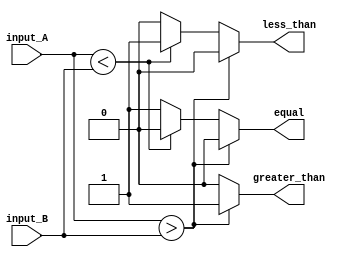
module unsigned_comparator (
    input [7:0] input_A,
    input [7:0] input_B,
    output reg greater_than,
    output reg less_than,
    output reg equal
);

always @(*) begin
    greater_than = 0;
    less_than = 0;
    equal = 0;
    
    if (input_A > input_B) begin
        greater_than = 1;
    end else if (input_A < input_B) begin
        less_than = 1;
    end else begin
        equal = 1;
    end
end

endmodule